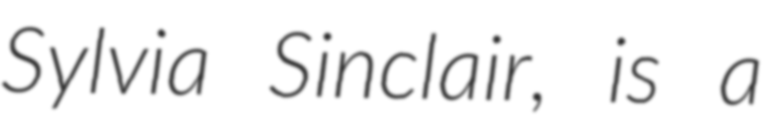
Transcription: Sylvia Sinclair, is a